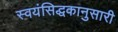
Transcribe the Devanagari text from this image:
स्वयंसिद्धकानुसारी